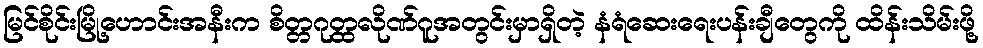
မြင်စိုင်းမြို့ဟောင်းအနီးက စိတ္တဂုတ္ထလိုဏ်ဂူအတွင်းမှာရှိတဲ့ နံရံဆေးရေးပန်းချီတွေကို ထိန်းသိမ်းဖို့